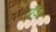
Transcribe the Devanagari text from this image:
मँज